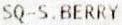
SQ-S. BERRY